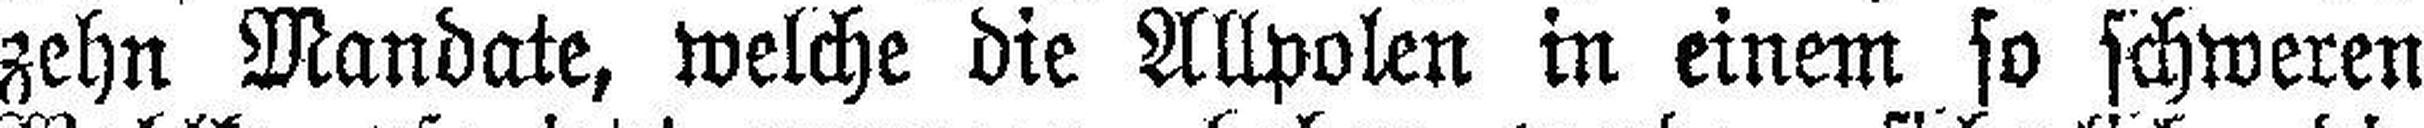
zehn Mandate, welche die Allpolen in einem so schweren